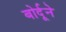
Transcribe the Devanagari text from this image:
बोर्दूने